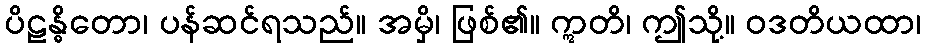
ပိဠန္ဓိတော၊ ပန်ဆင်ရသည်။ အမှိ၊ ဖြစ်၏။ ဣတိ၊ ဤသို့။ ဝဒတိယထာ၊